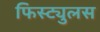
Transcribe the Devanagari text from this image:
फिस्ट्युलस